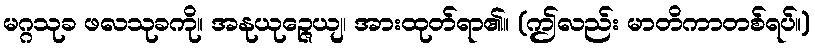
မဂ္ဂသုခ ဖလသုခကို။ အနုယုဉ္ဇေယျ၊ အားထုတ်ရာ၏။ (ဤလည်း မာတိကာတစ်ရပ်။)